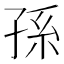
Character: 孫